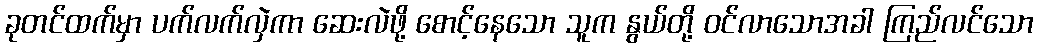
ခုတင်ထက်မှာ ပက်လက်လှဲကာ ဆေးလဲဖို့ စောင့်နေသော သူက နွယ်တို့ ဝင်လာသောအခါ ကြည်လင်သော